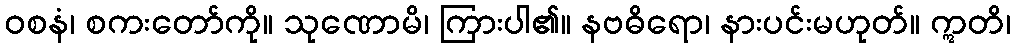
ဝစနံ၊ စကးတော်ကို။ သုဏောမိ၊ ကြားပါ၏။ နဗဓိရော၊ နားပင်းမဟုတ်။ ဣတိ၊